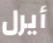
أيرل